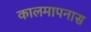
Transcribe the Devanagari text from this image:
कालमापनास